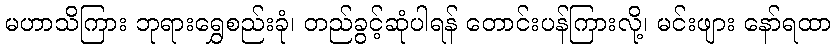
မဟာသိကြား ဘုရားရွှေစည်းခုံ၊ တည်ခွင့်ဆုံပါရန် တောင်းပန်ကြားလို့၊ မင်းဖျား နော်ရထာ